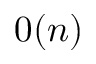
0 ( n )